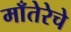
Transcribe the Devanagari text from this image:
माँतेरेचे